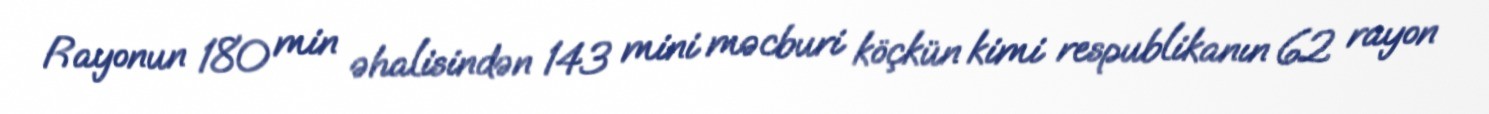
Rayonun 180 min əhalisindən 143 mini məcburi köçkün kimi respublikanın 62 rayon